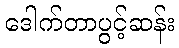
ဒေါက်တာပွင့်ဆန်း